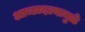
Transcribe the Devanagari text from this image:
आच्छादल्यामुळे